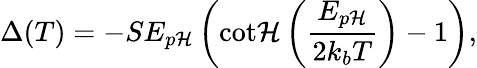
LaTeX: \Delta(T)=-SE_{p\mathcal{H}}\left(\mathrm{{cot\mathcal{H}}}\left(\frac{{E_{p\mathcal{H}}}}{{2k_{b}T}}\right)-1\right),